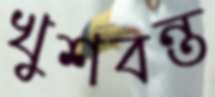
খুশবন্ত